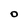
Character: O